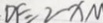
D F = 2 x N